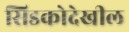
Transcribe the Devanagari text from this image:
सिडकोदेखील